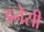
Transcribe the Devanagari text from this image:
डनेसी